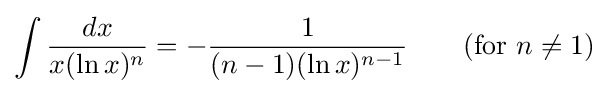
\int {\frac {dx}{x(\ln x)^{n}}}=-{\frac {1}{(n-1)(\ln x)^{n-1}}}\qquad {\mbox{(for }}n\neq 1{\mbox{)}}